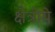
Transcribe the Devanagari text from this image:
क्षेत्रीये